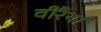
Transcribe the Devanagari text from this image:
वीरैया